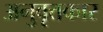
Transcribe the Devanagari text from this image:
अनुवृत्तकार